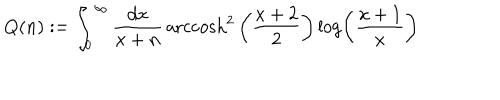
Q ( n ) : = \int _ { 0 } ^ { \infty } \frac { d x } { x + n } \, \mathrm { a r c c o s h } ^ { 2 } \left( \frac { x + 2 } { 2 } \right) \log \left( \frac { x + 1 } { x } \right)